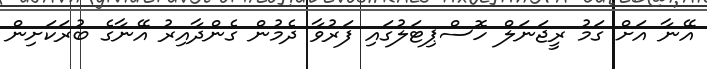
އޭނާ އަށް ގަމު ރީޖަނަލް ހޮސްޕިޓަލުގައި ފަރުވާ ދެމުން ގެންދާއިރު އޭނާގެ ބުރަކަށިން